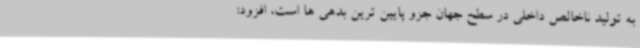
به تولید ناخالص داخلی در سطح جهان جزو پایین ترین بدهی ها است، افزود: